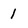
Character: 1